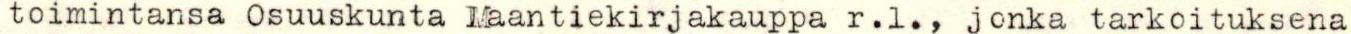
toimintansa Osuuskunta Maantiekirjakauppa r.l., jonka tarkoituksena